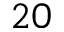
2 0